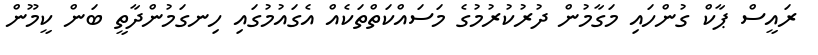
ރައީސް ޕާކް ގުންހައި މަގާމުން ދުރުކުރުމުގެ މަސައްކަތްތަކެއް އެގައުމުގައި ހިނގަމުންދާތީ ބަން ކީމޫން